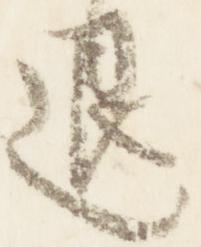
退